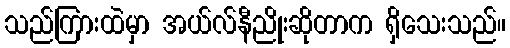
သည်ကြားထဲမှာ အယ်လ်နီညိုးဆိုတာက ရှိသေးသည်။